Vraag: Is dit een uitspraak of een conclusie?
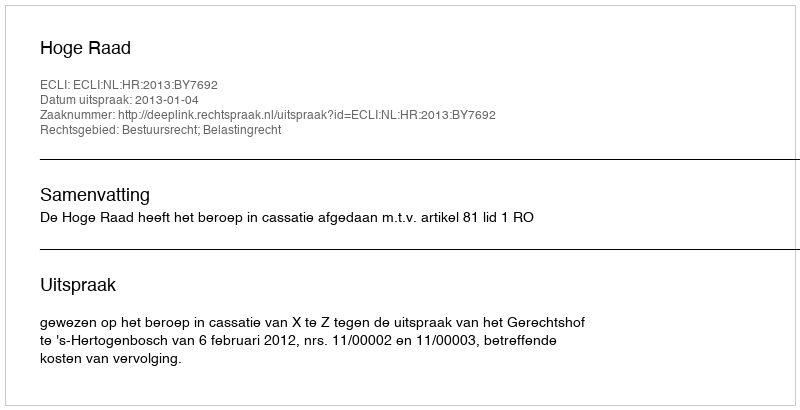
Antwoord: Uitspraak